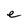
Character: e